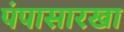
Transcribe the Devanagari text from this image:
पंपासारखा